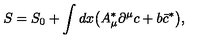
S = S _ { 0 } + \int d x \bigl ( A _ { \mu } ^ { \ast } \partial ^ { \mu } c + b \bar { c } ^ { \ast } \bigr ) ,